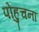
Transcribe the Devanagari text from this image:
पोहुचना